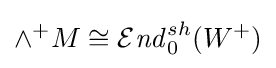
\wedge ^{+}M\cong {\mathcal {E}}{\mathit {nd}}_{0}^{sh}(W^{+})